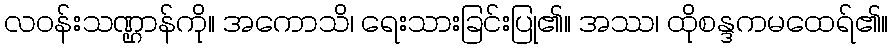
လဝန်းသဏ္ဌာန်ကို။ အကောသိ၊ ရေးသားခြင်းပြု၏။ အဿ၊ ထိုစန္ဒကမထေရ်၏။